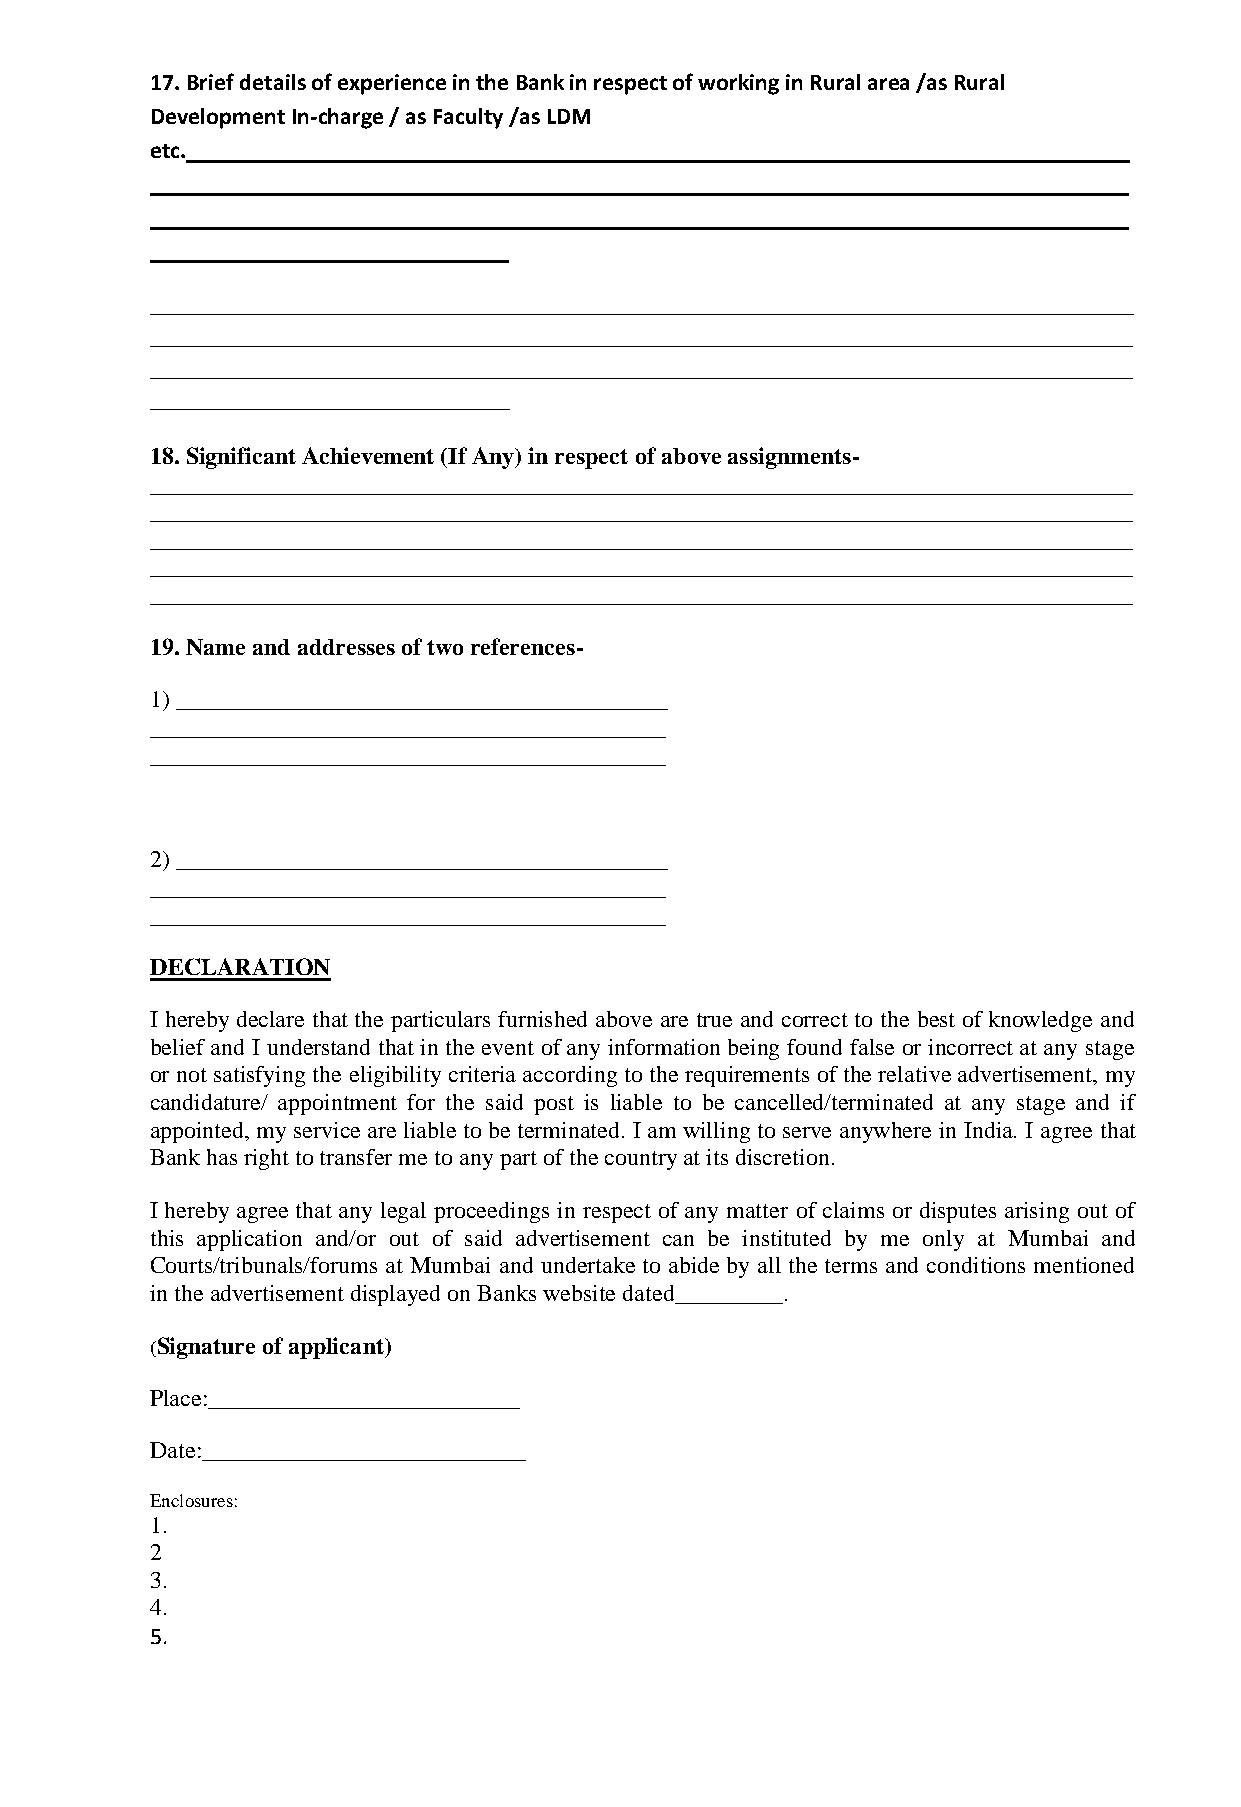
17. Brief details of experience in the Bank in respect of working in Rural area /as Rural
 Development In-charge / as Faculty /as LDM
 etc._______________________________________________________________________________
 __________________________________________________________________________________
 __________________________________________________________________________________
 ______________________________
 __________________________________________________________________________________
 __________________________________________________________________________________
 __________________________________________________________________________________
 ______________________________
 18. Significant Achievement (If Any) in respect of above assignments-
 __________________________________________________________________________________
 __________________________________________________________________________________
 __________________________________________________________________________________
 __________________________________________________________________________________
 __________________________________________________________________________________
 19. Name and addresses of two references-
 1) _________________________________________
 ___________________________________________
 ___________________________________________
 2) _________________________________________
 ___________________________________________
 ___________________________________________
 DECLARATION
 I hereby declare that the particulars furnished above are true and correct to the best of knowledge and
 belief and I understand that in the event of any information being found false or incorrect at any stage
 or not satisfying the eligibility criteria according to the requirements of the relative advertisement, my
 candidature/ appointment for the said post is liable to be cancelled/terminated at any stage and if
 appointed, my service are liable to be terminated. I am willing to serve anywhere in India. I agree that
 Bank has right to transfer me to any part of the country at its discretion.
 I hereby agree that any legal proceedings in respect of any matter of claims or disputes arising out of
 this application and/or out of said advertisement can be instituted by me only at Mumbai and
 Courts/tribunals/forums at Mumbai and undertake to abide by all the terms and conditions mentioned
 in the advertisement displayed on Banks website dated_________.
 (Signature of applicant)
 Place:__________________________
 Date:___________________________
 Enclosures:
 1.
 2
 3.
 4.
 5.